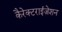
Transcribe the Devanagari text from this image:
कैरेक्टराईज़ेशन